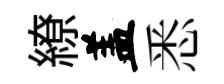
繚盖悉